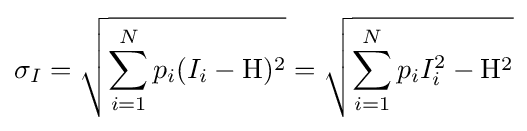
\sigma _{I}={\sqrt {\sum _{i=1}^{N}p_{i}(I_{i}-\mathrm {H} )^{2}}}={\sqrt {\sum _{i=1}^{N}p_{i}I_{i}^{2}-\mathrm {H} ^{2}}}